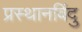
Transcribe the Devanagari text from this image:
प्रस्थानबिंदु